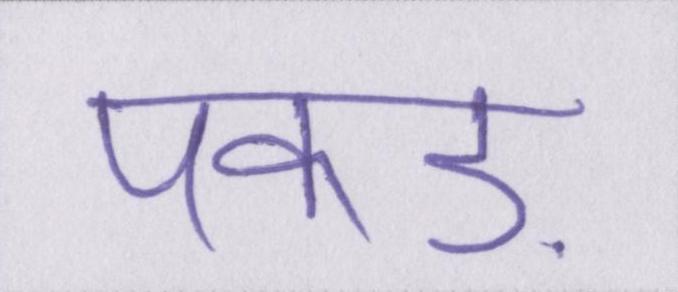
पकड़